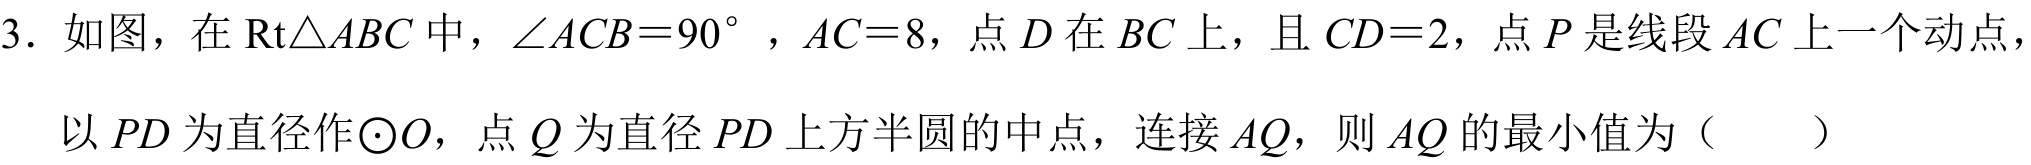
3. 如图，在\(\text{Rt}\triangle ABC\)中，\(\angle ACB = 90^{\circ}\)，\(AC = 8\)，点\(D\)在\(BC\)上，且\(CD = 2\)，点\(P\)是线段\(AC\)上一个动点，
以\(PD\)为直径作\(\odot O\)，点\(Q\)为直径\(PD\)上方半圆的中点，连接\(AQ\)，则\(AQ\)的最小值为（  ）